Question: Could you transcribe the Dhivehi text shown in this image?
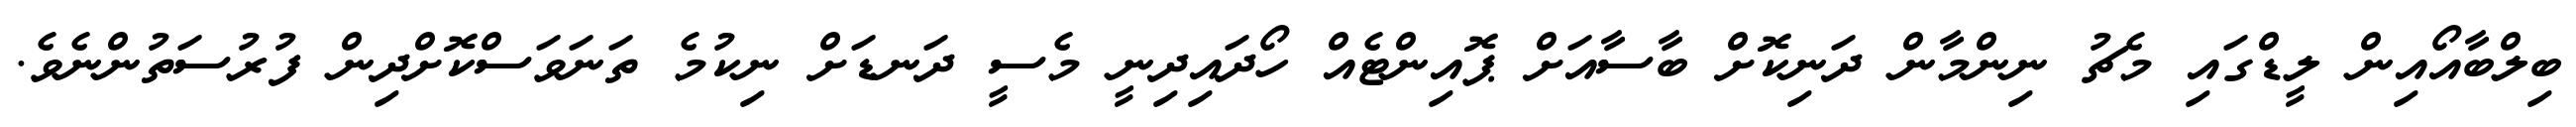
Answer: ބިލްބާއޯއިން ލީޑްގައި މެޗު ނިންމާން ދަނިކޮށް ބާސާއަށް ޕޮއިންޓެއް ހޯދައިދިނީ މެސީ ދަނޑަށް ނިކުމެ ތަނަވަސްކޮށްދިން ފުރުސަތުންނެވެ.